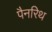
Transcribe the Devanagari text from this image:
पैनरिथ